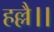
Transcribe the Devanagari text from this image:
हल्लै।।